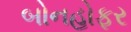
બોનહોફર